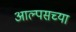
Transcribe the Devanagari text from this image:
आल्पसच्या